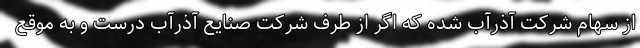
از سهام شرکت آذرآب شده که اگر از طرف شرکت صنایع آذرآب درست و به موقع